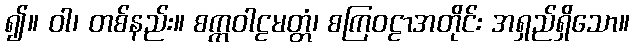
၍။ ဝါ၊ တစ်နည်း။ စက္ကဝါဠမတ္တံ၊ စကြဝဠာအတိုင်း အရှည်ရှိသော။